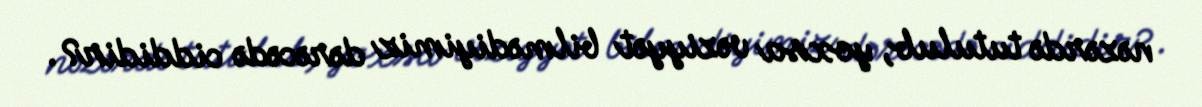
nəzərdə tutulub, yoxsa vəziyyət bilmədiyimiz dərəcədə ciddidir?.